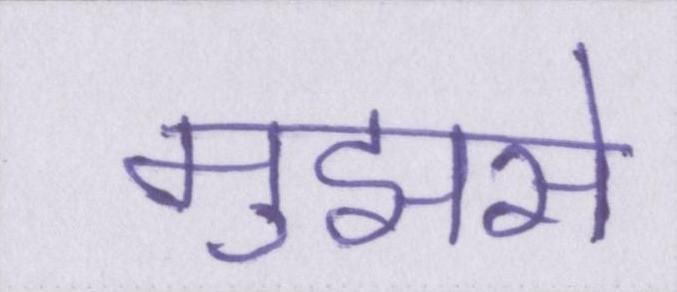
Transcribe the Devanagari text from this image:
मुझसे